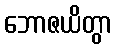
ဘောဇယိတွာ